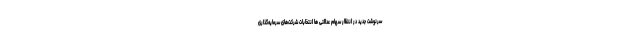
سرنوشت جدید در انتظار سهام عدالتی ‌ها انتخابات شرکت‌های سرمایه‌گذاری